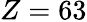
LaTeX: Z=63